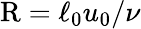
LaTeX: \mathrm{R}=\ell_{0}u_{0}/\nu